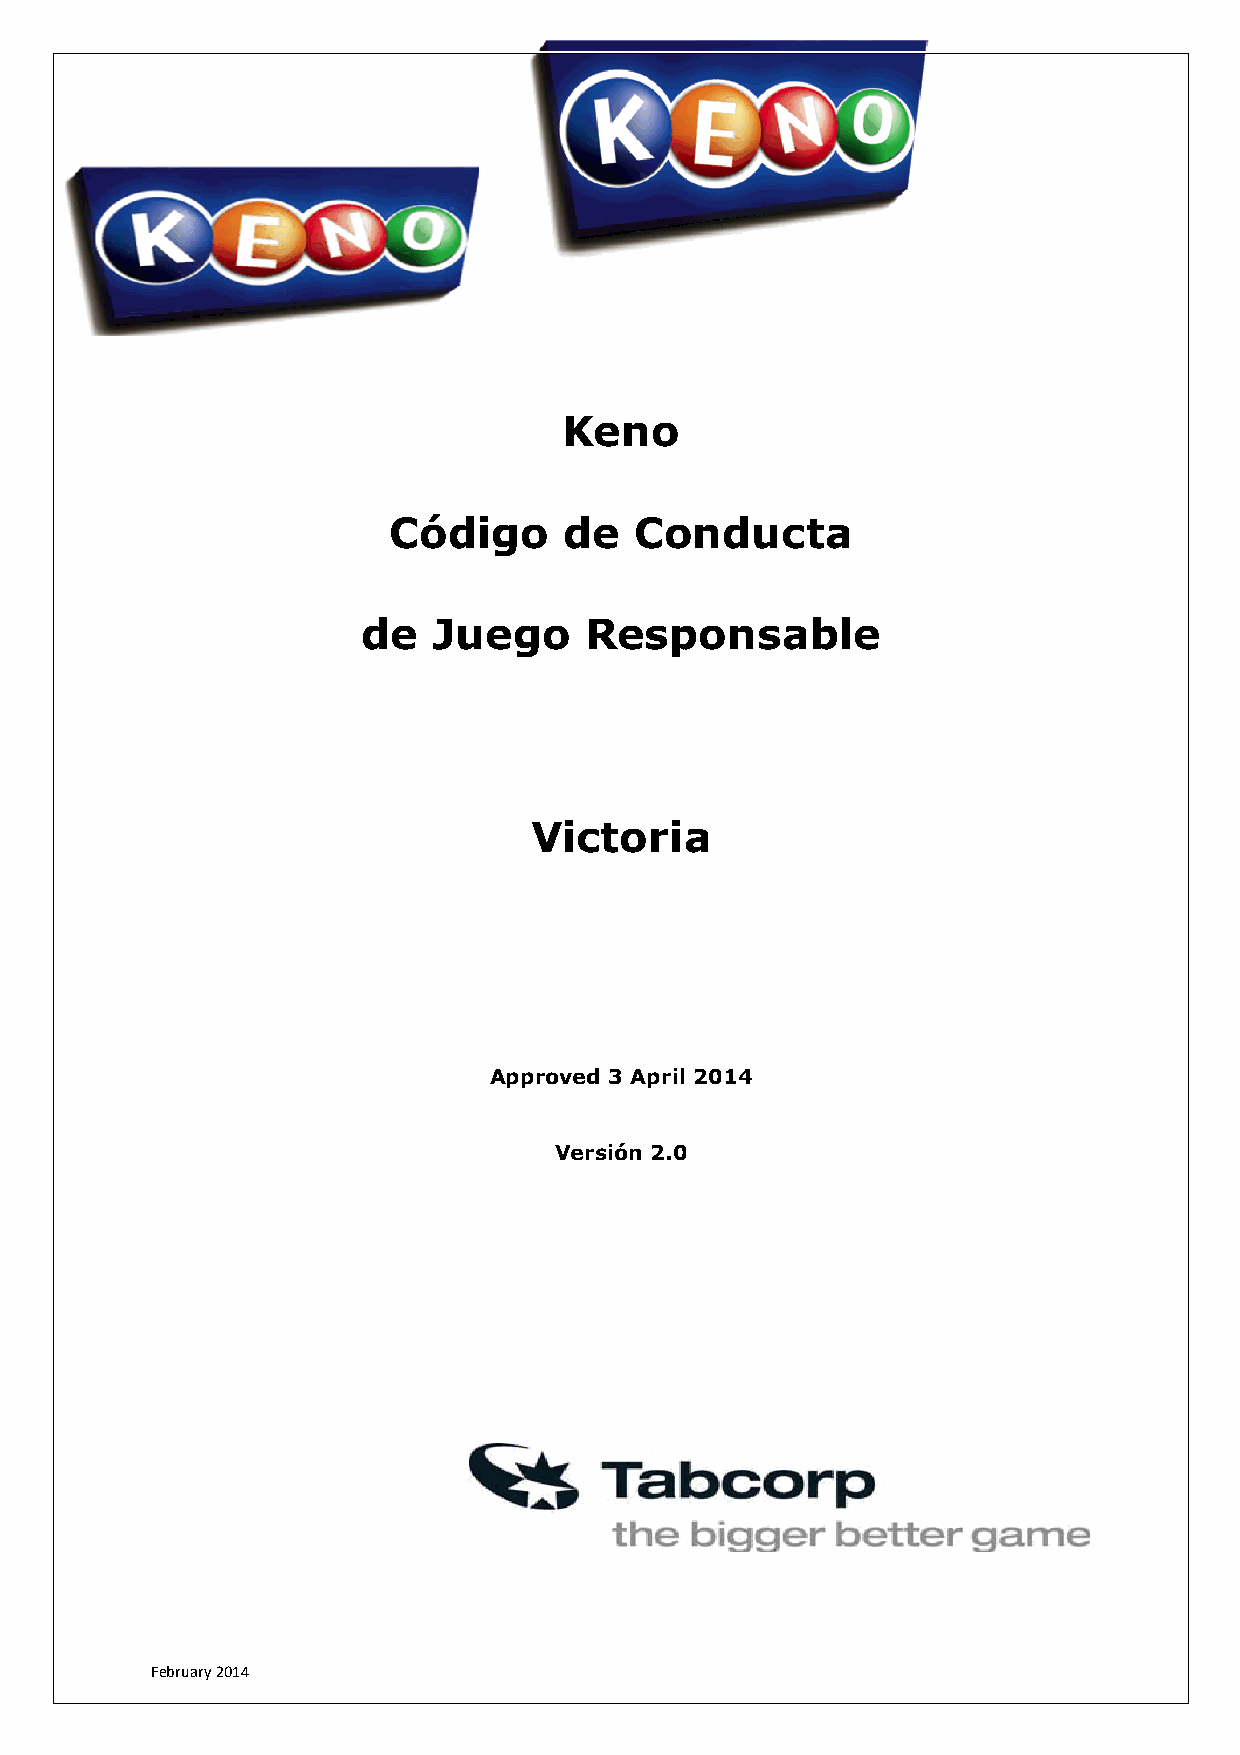
Keno
 Código     de   Conducta
 de   Juego     Responsable
 Victoria
 Approved 3 April 2014
 Versión 2.0
 February 2014